Triennial report on the lunatic asylums in the province of Eastern Bengal and Assam - 1903-1911
Year: 1903
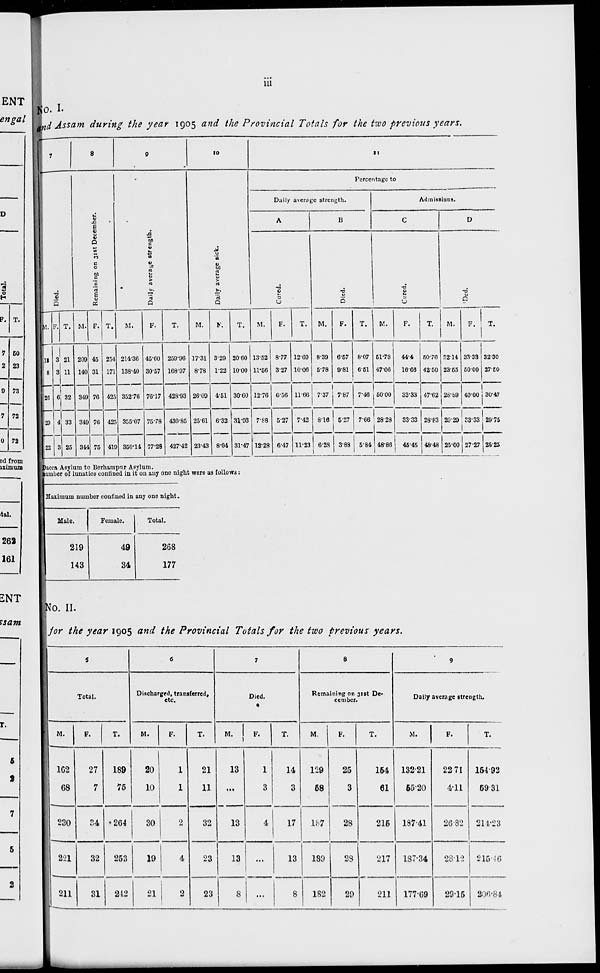
iii
No. I.
and Assam during the year 1905 and the Provincial Totals for the two previous years.
7
Died.
M.
18
8
26
29
22
F.
3
3
6
4
3
T.
21
11
32
33
25
8
Remaining on 31st December.
M.
209
140
349
349
344
F.
45
31
76
76
75
T.
254
171
425
425
419
9
Daily average strength.
M.
214.36
138.40
352.76
355.07
350.14
F.
45.60
30.57
76.17
75.78
77.28
T.
259.96
168.97
428.93
430.85
427.42
10
Daily average sick.
M.
17.31
8.78
26.09
25.61
23.43
F.
3.29
1.22
4.51
6.32
8.04
T.
20.60
10.00
30.60
31.93
31.47
11
Percentage to
Daily average strength.
A
Cured.
M.
13.52
11.56
12.76
7.88
12.28
F.
8.77
3.27
6.56
5.27
6.47
T.
12.69
10.06
11.66
7.42
11.23
B
Died.
M.
8.39
5.78
7.37
8.16
6.28
F.
6.57
9.81
7.87
5.27
3.88
T.
8.07
6.51
7.46
7.66
5.84
Admissions.
C
Cured.
M.
51.78
47.06
50.00
28.28
48.86
F.
44.4
16.66
33.33
33.33
45.45
T.
50.76
42.50
47.62
28.83
48.48
D
Died.
M.
32.14
23.55
28.89
29.29
25.00
F.
33.33
50.00
40.00
33.33
27.27
T.
32.30
27.50
30.47
29.75
25.25
Dacca Asylum to Berhampur Asylum.
number of lunatics confined in it on any one night were as follows:
Maximum number confined in any one night.
Male.
219
143
Female.
49
34
Total.
268
177
No. II.
for the year 1905 and the Provincial Totals for the two previous years.
5
Total.
M.
162
68
230
221
211
F.
27
7
34
32
31
T.
189
75
*264
253
242
6
Discharged, transferred,
etc.
M.
20
10
30
19
21
F.
1
1
2
4
2
T.
21
11
32
23
23
7
Died.
M.
13
...
13
13
8
F.
1
3
4
...
...
T.
14
3
17
13
8
8
Remaining on 31st De-
cember.
M.
129
58
187
189
182
F.
25
3
28
28
29
T.
154
61
215
217
211
9
Daily average strength.
M.
132.21
55.20
187.41
187.34
177.69
F.
22.71
4.11
26.82
28.12
29.15
T.
154.92
59.31
214.23
215.46
206.84